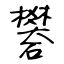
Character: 礬